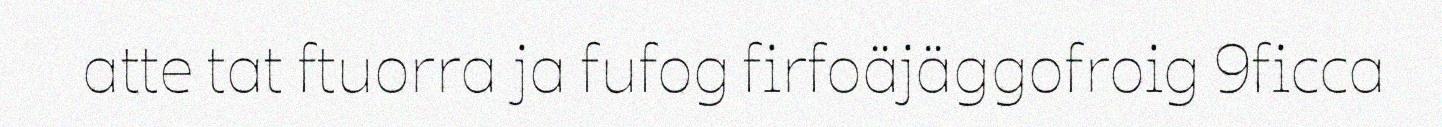
atte tat ftuorra ja fufog firfoäjäggofroig 9ficca